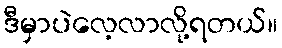
ဒီမှာပဲလေ့လာလို့ရတယ်။